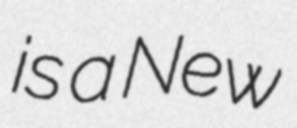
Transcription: is a New